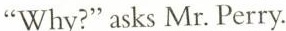
“Why?" asks Mr. Perry.